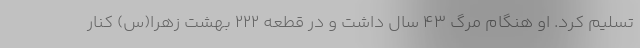
تسلیم کرد. او هنگام مرگ ۴۳ سال داشت و در قطعه ۲۲۲ بهشت زهرا(س) کنار